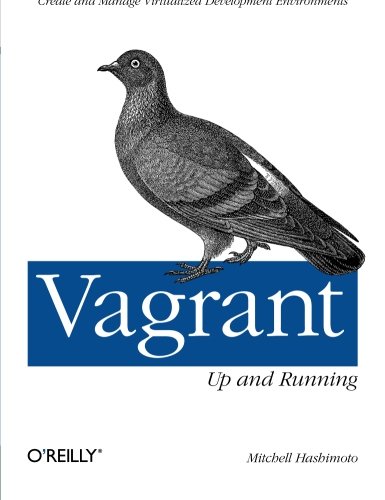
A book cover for Vagrant: Up and Running; Mitchell Hashimoto; Computers & Technology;